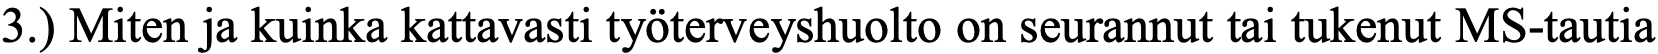
3.) Miten ja kuinka kattavasti työterveyshuolto on seurannut tai tukenut MS-tautia